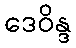
ဒေဝိန္ဒ